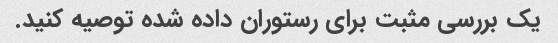
یک بررسی مثبت برای رستوران داده شده توصیه کنید.